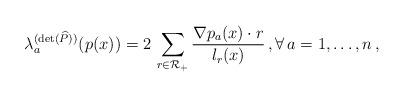
LaTeX: \begin{align*} \lambda_a^{(\det({\widehat P}))}(p(x))=2\,\sum_{r\in{\cal R}_+}\frac{\nabla p_a(x)\cdot r}{l_r(x)} \,,\forall\,a=1,\ldots,n\,,\end{align*}